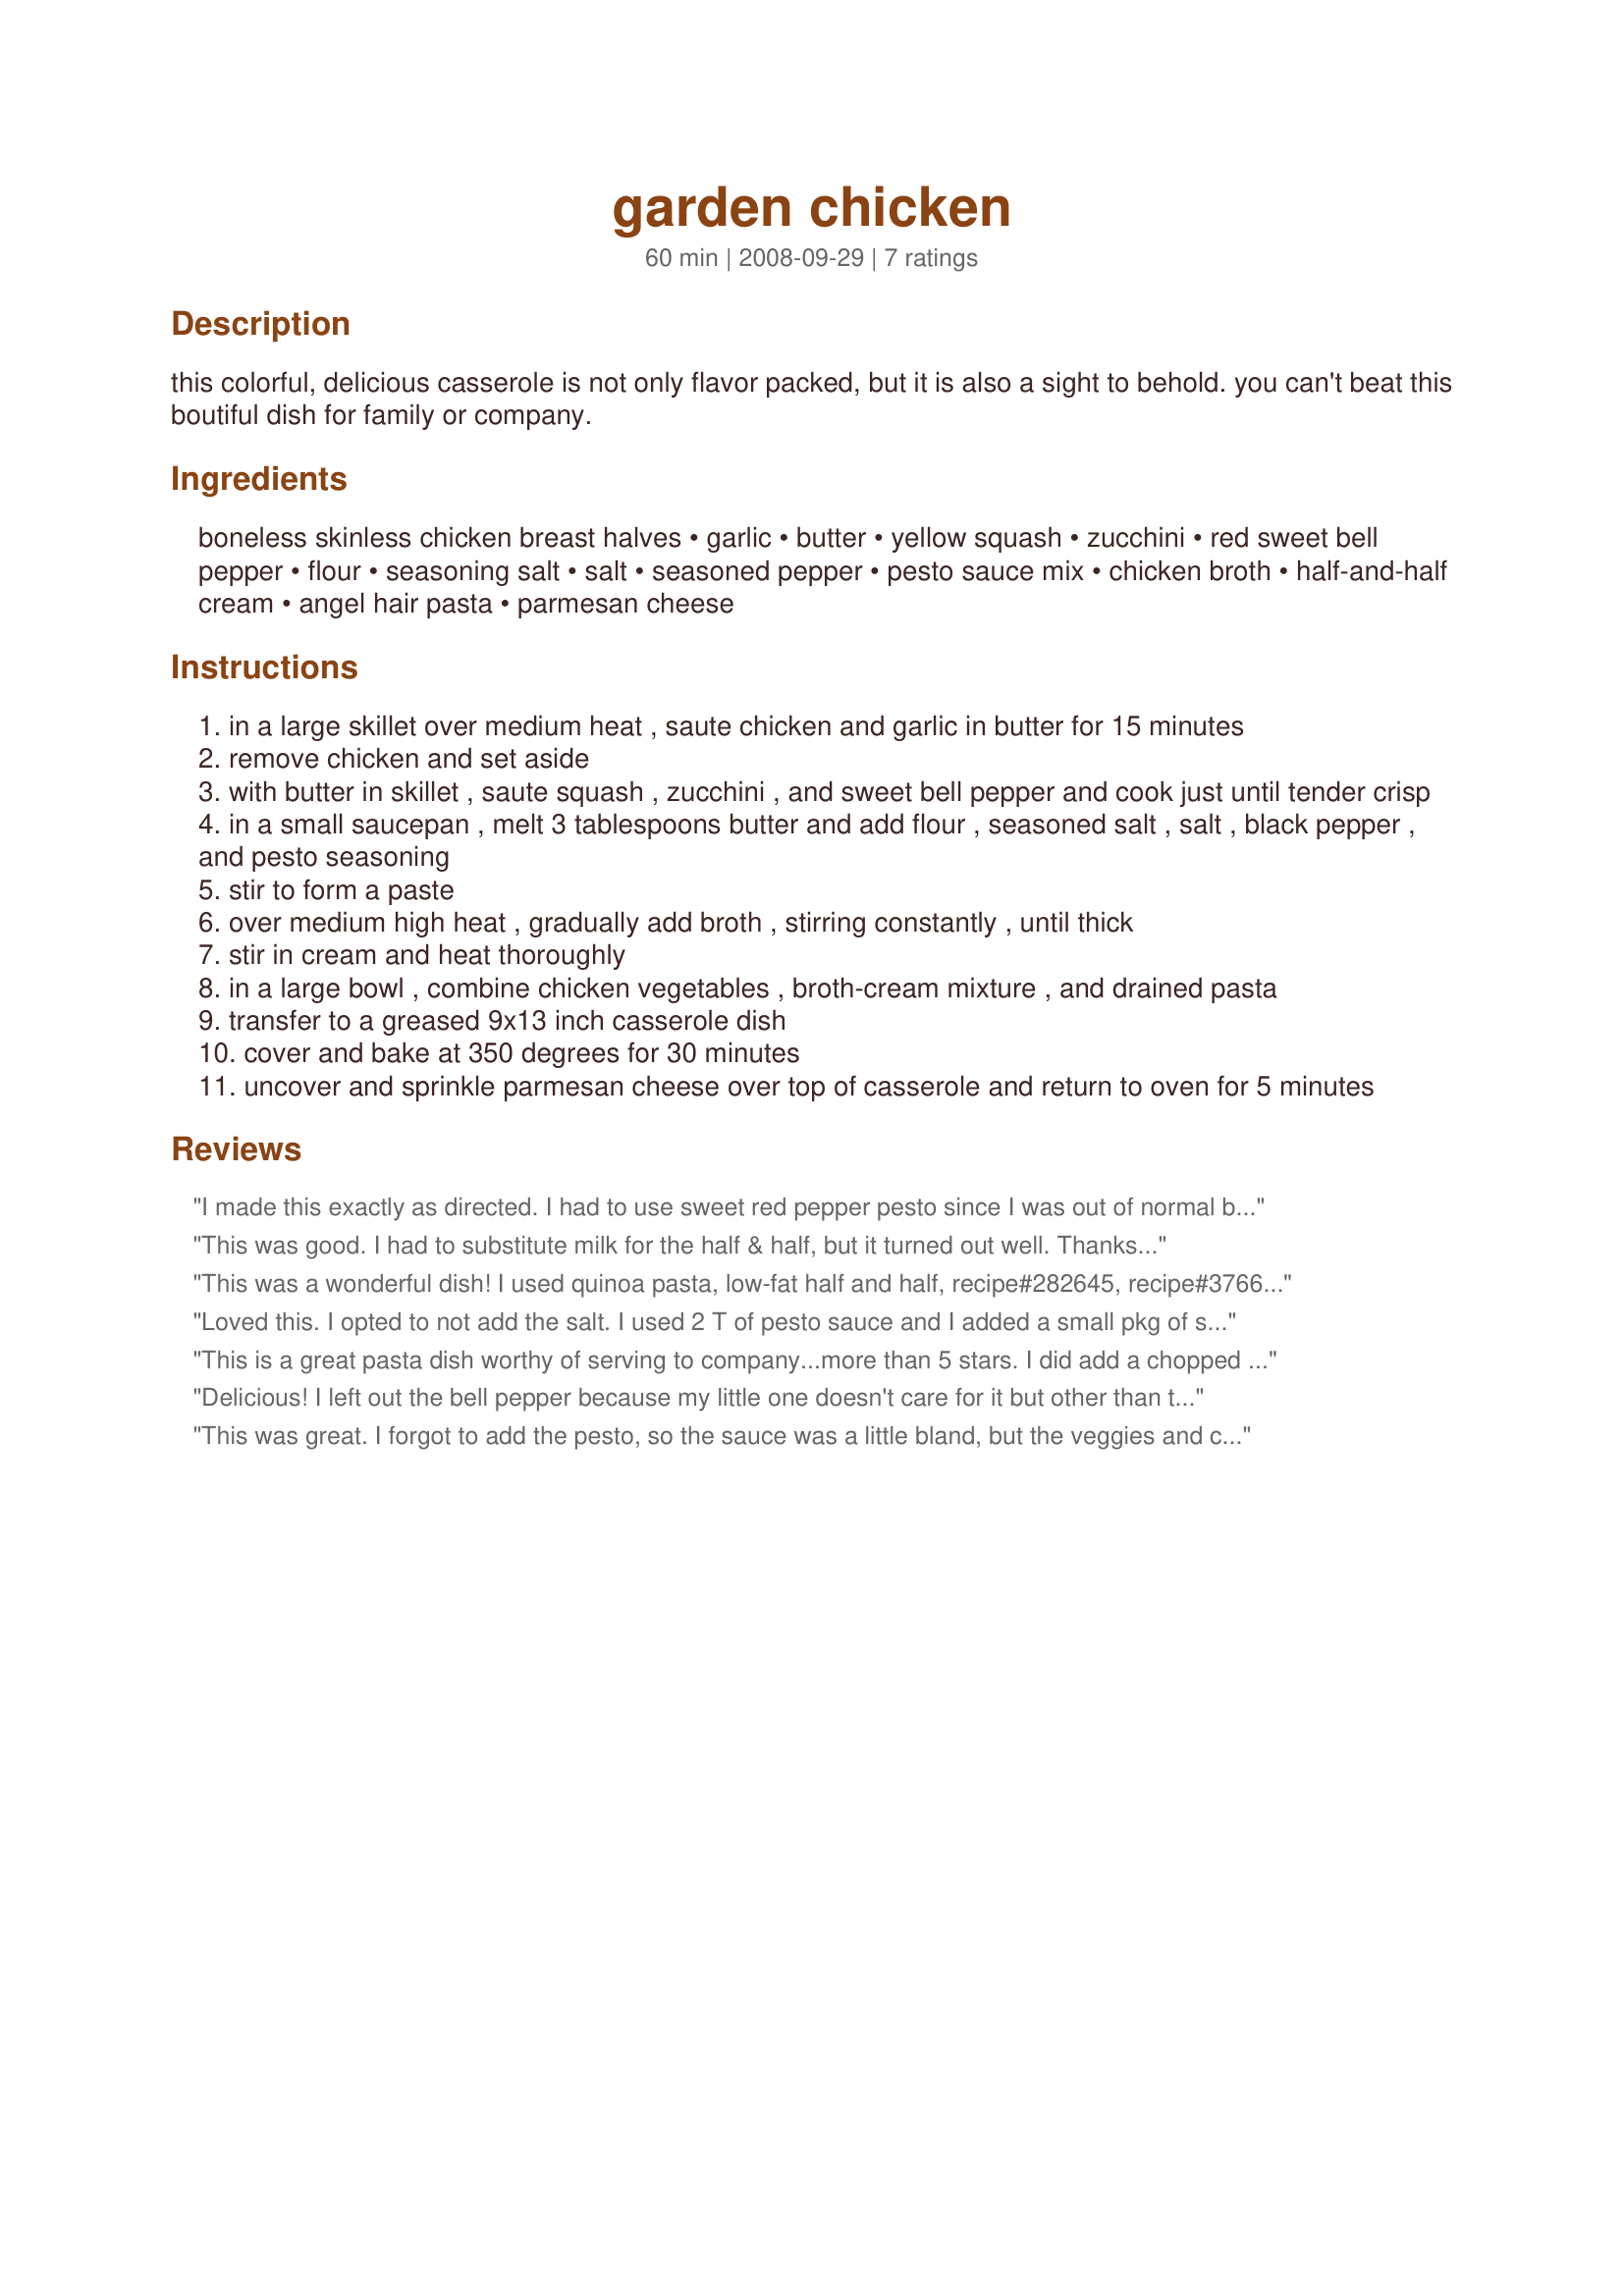
garden chicken
Preparation time: 60 minutes

this colorful, delicious casserole is not only flavor packed, but it is also a sight to behold. you can't beat this boutiful dish for family or company.

Ingredients:
boneless skinless chicken breast halves, garlic, butter, yellow squash, zucchini, red sweet bell pepper, flour, seasoning salt, salt, seasoned pepper, pesto sauce mix, chicken broth, half-and-half cream, angel hair pasta, parmesan cheese

Steps:
in a large skillet over medium heat , saute chicken and garlic in butter for 15 minutes
remove chicken and set aside
with butter in skillet , saute squash , zucchini , and sweet bell pepper and cook just until tender crisp
in a small saucepan , melt 3 tablespoons butter and add flour , seasoned salt , salt , black pepper , and pesto seasoning
stir to form a paste
over medium high heat , gradually add broth , stirring constantly , until thick
stir in cream and heat thoroughly
in a large bowl , combine chicken vegetables , broth-cream mixture , and drained pasta
transfer to a greased 9x13 inch casserole dish
cover and bake at 350 degrees for 30 minutes
uncover and sprinkle parmesan cheese over top of casserole and return to oven for 5 minutes

Reviews:
I made this exactly as directed. I had to use sweet red pepper pesto since I was out of normal basil pesto, but actually, I think it was a good choice, really complemented the dish. DD2 came in with a half packet of sliced mushrooms from her flat, and I thought, ok, add them in! This made lots, which meant leftovers for DHs lunch today, he says it was even better, the flavours had really had a chance to develop. I forgot to cover the dish while it was baking, but that didnt turn out to be a problem, it was perfectly moist and creamy. very good all-in-one dish, thank you Weekend Cooker! This was made for made for Make My Recipe tag game, Australian forum.
This was good. I had to substitute milk for the half & half, but it turned out well. Thanks for posting!
This was a wonderful dish! I used quinoa pasta, low-fat half and half, recipe#282645, recipe#376671 (for the pepper) and sun-dried tomato pesto. AWESOME dish ~ DH commented on the wonderful aromas while cooking. DD even liked it ~ I'll definitely make this again, maybe for company, as it's an impressive dish. I thought it was a bit labor intensive on the front end, but the end result was well worth it. Thanks weekend cooker ~ made for ZAAR COOKBOOK TAG, February 2010!
Loved this. I opted to not add the salt. I used 2 T of pesto sauce and I added a small pkg of sliced baby bella mushrooms along with the veggies. This was excellent. Thanks for posting the recipe.
This is a great pasta dish worthy of serving to company...more than 5 stars. I did add a chopped onion and shallot when cooking the zucchini. I have lots of basil this year so I had my own pesto. Had a bit left and it was even fantastic as leftovers the next day. This recipe is going in my Favourites for Zaar. Thanks so much for posting this gem. I made this for 1-2-3 Hits.
Rita
Delicious! I left out the bell pepper because my little one doesn't care for it but other than that, I made exactly as written. We really liked the flavor of this simple, all-in-one meal. Thanks for posting! Made for Pick a Chef Spring 2009.
This was great. I forgot to add the pesto, so the sauce was a little bland, but the veggies and chicken were wonderful. I have the pesto so I'm adding it to the leftovers for lunch tomorrow. I can't wait to try it with it in there. I will definitely be making it again though. Thanks for a new chicken and veggie dish! Made for PRMR.
